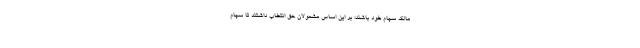
مالک سهام خود باشند؛ بر این اساس مشمولان حق انتخاب داشتند تا سهام